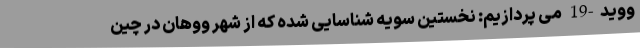
ووید-19 می پردازیم: نخستین سویه شناسایی شده که از شهر ووهان در چین